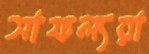
সাফল্যরা